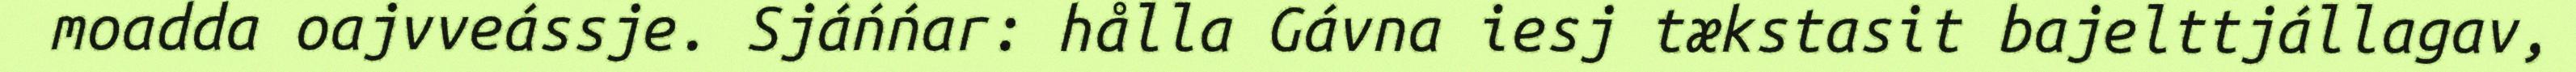
moadda oajvveássje. Sjáńńar: hålla Gávna iesj tækstasit bajelttjállagav,